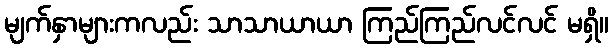
မျက်နှာများကလည်း သာသာယာယာ ကြည်ကြည်လင်လင် မရှိ။